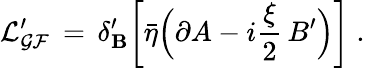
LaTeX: \mathcal{L_{GF}^{\prime}}\, =\, \delta_{\mathbf B}^{\prime}\bigg[\bar{\eta}\Big(\partial A-i\frac{\xi}{2}\, B^{\prime}\Big)\bigg]\; .